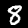
Digit: 8